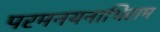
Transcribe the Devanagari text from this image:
परमनयनाभिराम